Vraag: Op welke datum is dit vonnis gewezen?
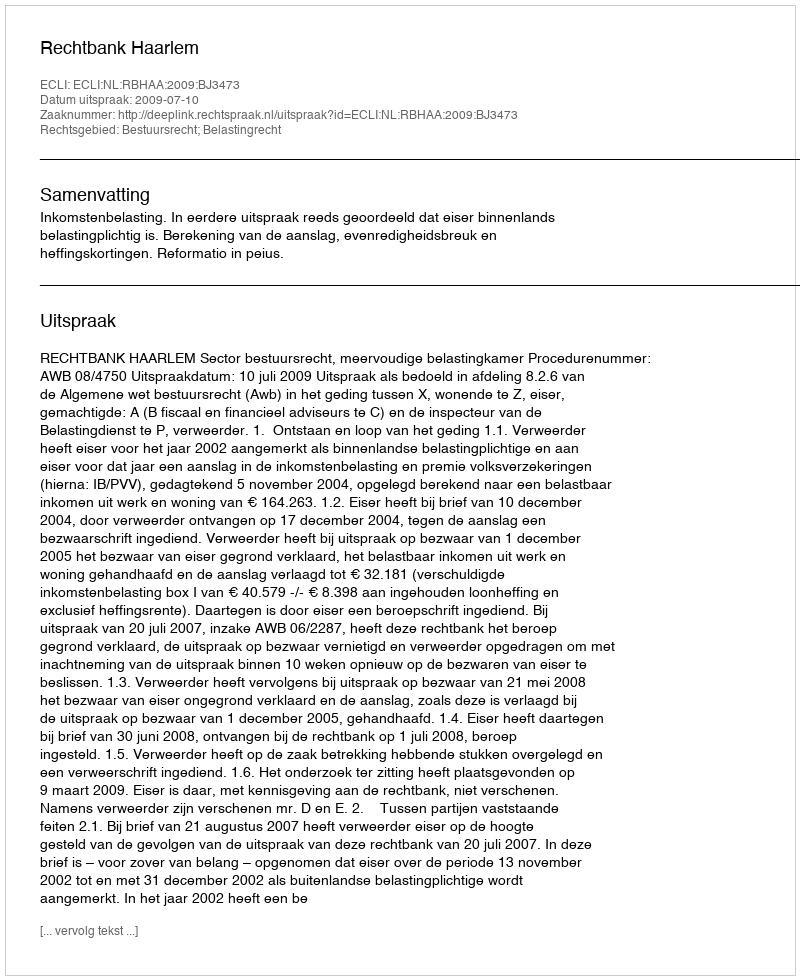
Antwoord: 2009-07-10